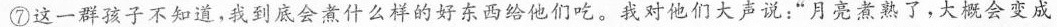
⑦这一群孩子不知道，我到底会煮什么样的好东西给他们吃。我对他们大声说：”月亮煮熟了，大概会变成